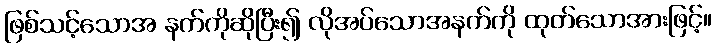
ဖြစ်သင့်သောအ နက်ကိုဆိုပြီး၍ လိုအပ်သောအနက်ကို ထုတ်သောအားဖြင့်။